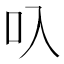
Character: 叺